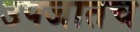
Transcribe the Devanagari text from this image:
उपजातच